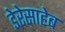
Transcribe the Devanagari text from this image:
डेरेसाहेब